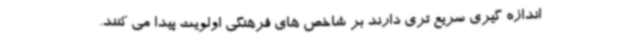
اندازه گیری سریع تری دارند بر شاخص های فرهنگی اولویت پیدا می کنند.